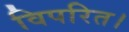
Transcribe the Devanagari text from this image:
विपरित।